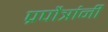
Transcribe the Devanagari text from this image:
प्रपौत्रांनी